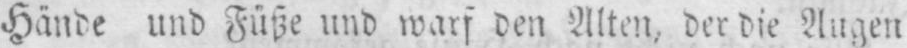
Hände und Füße und warf den Alten, der die Augen